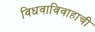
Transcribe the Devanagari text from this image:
विधवाविवाहाची